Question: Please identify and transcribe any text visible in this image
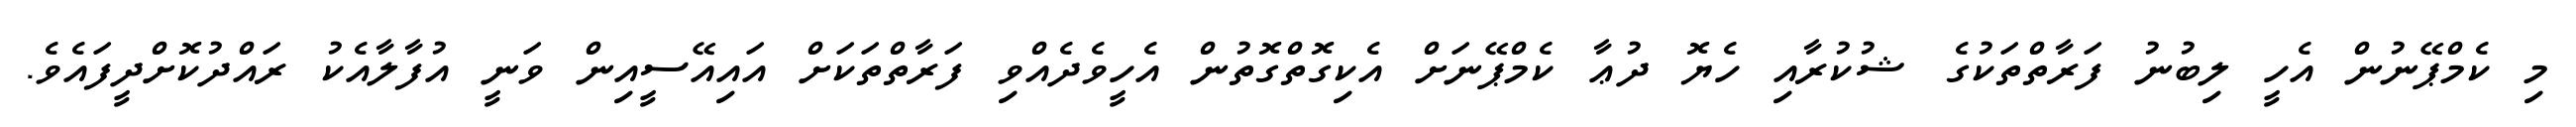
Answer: މި ކެމްޕޭނުން އެހީ ލިބުނު ފަރާތްތަކުގެ ޝުކުރާއި ހެޔޮ ދުޢާ ކެމްޕޭނަށް އެކިގޮތްގޮތުން އެހީވެދެއްވި ފަރާތްތަކަށް އައިއޭސީއިން ވަނީ އުފާލާއެކު ރައްދުކޮށްދީފައެވެ.